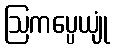
ဩကပ္ပေယျုံ